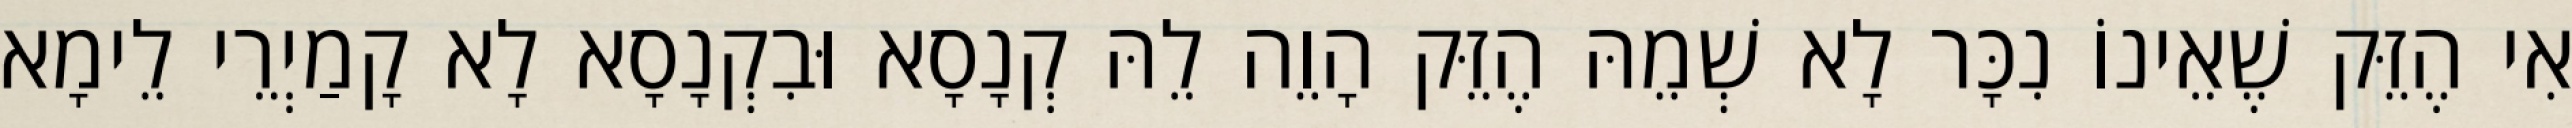
אִי הֶזֵּק שֶׁאֵינוֹ נִכָּר לָא שְׁמֵהּ הֶזֵּק הָוֵה לֵהּ קְנָסָא וּבִקְנָסָא לָא קָמַיְרֵי לֵימָא